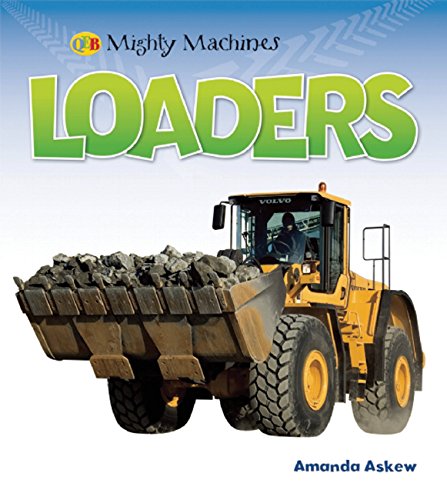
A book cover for Loaders (Mighty Machines QEB); Amanda Askew; Children's Books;